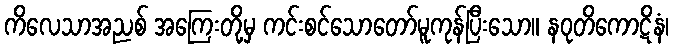
ကိလေသာအညစ် အကြေးတို့မှ ကင်းစင်သောတော်မူကုန်ပြီးသော။ နဝုတိကောဋိနံ၊